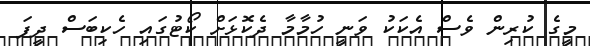
މީގެ ކުރިން ވެސް އެކަކު ވަނީ ހުމާމާ ދެކޮޅަށް ކޯޓުގައި ހެކިބަސް ދީފަ